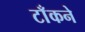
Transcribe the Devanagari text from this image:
टाँकने